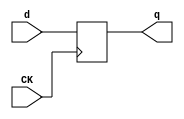
//# 14 inputs
//# 14 outputs
//# 18 D-type flipflops
//# 80 inverters
//# 428 gates (134 ANDs + 125 NANDs + 112 ORs + 57 NORs)

module dff(CK,q,d);
input CK,d;
output reg q;
always @ (posedge CK)
q<=d;
endmodule

module s1238a(GND,VDD,CK,G0,G1,G10,G11,G12,G13,G2,G3,G4,G45,G5,G530,G532,G535,
  G537,G539,
  G542,G546,G547,G548,G549,G550,G551,G552,G6,G7,G8,G9);
input GND,VDD,CK,G0,G1,G2,G3,G4,G5,G6,G7,G8,G9,G10,G11,G12,G13;
output G549,G550,G551,G552,G542,G546,G547,G548,G530,G532,G535,G537,G45,G539;

  wire G29,G502,G30,G503,G31,G504,G32,G505,G33,G506,G34,G507,G35,G508,G36,G509,
    G37,G510,G38,G511,G39,G512,G40,G513,G41,G514,G42,G515,G43,G516,G44,G517,
    G518,G46,G519,G50,G49,G55,G54,G59,G58,G64,G63,G67,G70,G72,G71,G75,G74,G78,
    G77,G87,G86,G90,G89,G98,G97,G99,G123,G122,G125,G132,G135,G134,G140,G160,
    G161,G167,G168,G170,G171,G180,G181,G192,G193,G199,G200,G203,G204,G207,G208,
    G212,G213,G214,G215,G221,G222,G223,G224,G231,G232,G234,G235,G272,G271,G275,
    G274,G282,G281,G475,G57,G476,G477,G276,G478,G279,G479,G194,G480,G179,G481,
    G129,G482,G241,G483,G182,G484,G485,G486,G68,G487,G534,G488,G172,G489,G273,
    G490,G190,G491,G492,G62,G493,G544,G494,G173,G495,G496,G188,G497,G205,G498,
    G195,G499,G280,G500,G501,G156,G520,G521,G522,G524,G525,G526,G527,G528,G529,
    G531,G533,G536,G538,G540,G541,G543,G545,G554,G553,G81,G288,G240,G283,G219,
    G289,G119,G290,G117,G157,G291,G138,G155,G303,G120,G304,G52,G158,G306,G307,
    G104,G308,G151,G311,G178,G312,G315,G250,G251,G317,G159,G245,G321,G322,G105,
    G196,G323,G144,G324,G183,G327,G328,G102,G329,G150,G330,G248,G249,G331,G257,
    G336,G337,G270,G338,G202,G339,G209,G340,G341,G118,G342,G73,G197,G343,G147,
    G344,G111,G189,G346,G82,G347,G348,G349,G108,G351,G169,G352,G164,G353,G92,
    G163,G354,G357,G265,G358,G83,G359,G360,G106,G361,G362,G363,G364,G109,G365,
    G137,G366,G367,G126,G371,G267,G372,G116,G373,G376,G377,G56,G378,G379,G211,
    G380,G93,G382,G100,G383,G131,G385,G386,G85,G387,G388,G114,G392,G393,G127,
    G396,G76,G397,G101,G398,G94,G399,G65,G400,G277,G401,G110,G402,G154,G403,
    G176,G404,G218,G405,G174,G406,G410,G411,G48,G412,G413,G201,G414,G415,G146,
    G142,G165,G416,G61,G417,G418,G60,G422,G80,G423,G128,G424,G177,G425,G426,
    G162,G427,G95,G428,G227,G429,G51,G225,G430,G431,G432,G145,G153,G433,G91,
    G434,G216,G435,G236,G436,G437,G66,G229,G438,G133,G439,G175,G440,G441,G442,
    G121,G443,G47,G444,G445,G53,G446,G79,G447,G448,G139,G449,G88,G451,G187,
    G452,G184,G453,G186,G457,G107,G458,G459,G198,G460,G115,G461,G462,G463,G148,
    G467,G468,G124,G469,G470,G149,G471,G191,G103,G112,G472,G136,G473,G143,G474,
    G242,G141,G152,G244,G261,G269,G166,G284,G285,G286,G287,G292,G293,G294,G295,
    G296,G297,G298,G299,G300,G301,G302,G305,G309,G310,G313,G314,G316,G318,G319,
    G320,G325,G326,G332,G238,G333,G334,G335,G345,G226,G350,G355,G356,G368,G369,
    G239,G370,G374,G375,G381,G384,G389,G390,G391,G220,G394,G395,G407,G408,G409,
    G419,G420,G421,G228,G450,G454,G455,G206,G456,G464,G465,G210,G466,G260,G237,
    G264,G69,G233,G256,G84,G262,G96,G266,G217,G113,G268,G130,G263,G258,G259,
    G252,G253,G185,G230,G243,G246,G523,G254,G255,G278,G247;

  dff DFF_0(CK,G29,G502);
  dff DFF_1(CK,G30,G503);
  dff DFF_2(CK,G31,G504);
  dff DFF_3(CK,G32,G505);
  dff DFF_4(CK,G33,G506);
  dff DFF_5(CK,G34,G507);
  dff DFF_6(CK,G35,G508);
  dff DFF_7(CK,G36,G509);
  dff DFF_8(CK,G37,G510);
  dff DFF_9(CK,G38,G511);
  dff DFF_10(CK,G39,G512);
  dff DFF_11(CK,G40,G513);
  dff DFF_12(CK,G41,G514);
  dff DFF_13(CK,G42,G515);
  dff DFF_14(CK,G43,G516);
  dff DFF_15(CK,G44,G517);
  dff DFF_16(CK,G45,G518);
  dff DFF_17(CK,G46,G519);
  not NOT_0(G50,G49);
  not NOT_1(G55,G54);
  not NOT_2(G59,G58);
  not NOT_3(G64,G63);
  not NOT_4(G67,G44);
  not NOT_5(G70,G43);
  not NOT_6(G72,G71);
  not NOT_7(G75,G74);
  not NOT_8(G78,G77);
  not NOT_9(G87,G86);
  not NOT_10(G90,G89);
  not NOT_11(G98,G97);
  not NOT_12(G99,G29);
  not NOT_13(G123,G122);
  not NOT_14(G125,G40);
  not NOT_15(G132,G42);
  not NOT_16(G135,G134);
  not NOT_17(G140,G33);
  not NOT_18(G160,G161);
  not NOT_19(G167,G168);
  not NOT_20(G170,G171);
  not NOT_21(G180,G181);
  not NOT_22(G192,G193);
  not NOT_23(G199,G200);
  not NOT_24(G203,G204);
  not NOT_25(G207,G208);
  not NOT_26(G212,G213);
  not NOT_27(G214,G215);
  not NOT_28(G221,G222);
  not NOT_29(G223,G224);
  not NOT_30(G231,G232);
  not NOT_31(G234,G235);
  not NOT_32(G272,G271);
  not NOT_33(G275,G274);
  not NOT_34(G282,G281);
  not NOT_35(G475,G57);
  not NOT_36(G476,G30);
  not NOT_37(G477,G276);
  not NOT_38(G478,G279);
  not NOT_39(G479,G194);
  not NOT_40(G480,G179);
  not NOT_41(G481,G129);
  not NOT_42(G482,G241);
  not NOT_43(G483,G182);
  not NOT_44(G484,G30);
  not NOT_45(G485,G276);
  not NOT_46(G486,G68);
  not NOT_47(G487,G534);
  not NOT_48(G488,G172);
  not NOT_49(G489,G273);
  not NOT_50(G490,G190);
  not NOT_51(G491,G194);
  not NOT_52(G492,G62);
  not NOT_53(G493,G544);
  not NOT_54(G494,G173);
  not NOT_55(G495,G273);
  not NOT_56(G496,G188);
  not NOT_57(G497,G205);
  not NOT_58(G498,G195);
  not NOT_59(G499,G280);
  not NOT_60(G500,G173);
  not NOT_61(G501,G156);
  not NOT_62(G520,G0);
  not NOT_63(G521,G1);
  not NOT_64(G522,G2);
  not NOT_65(G524,G3);
  not NOT_66(G525,G526);
  not NOT_67(G527,G4);
  not NOT_68(G528,G5);
  not NOT_69(G529,G6);
  not NOT_70(G531,G7);
  not NOT_71(G533,G8);
  not NOT_72(G536,G9);
  not NOT_73(G538,G10);
  not NOT_74(G540,G11);
  not NOT_75(G541,G12);
  not NOT_76(G543,G13);
  not NOT_77(G545,G544);
  not NOT_78(G546,G41);
  not NOT_79(G554,G553);
  and AND2_0(G81,G288,G240);
  and AND2_1(G283,G122,G219);
  and AND3_0(G289,G2,G119,G156);
  and AND3_1(G290,G117,G135,G157);
  and AND2_2(G291,G138,G155);
  and AND2_3(G303,G5,G120);
  and AND2_4(G304,G52,G158);
  and AND2_5(G306,G524,G78);
  and AND2_6(G307,G6,G104);
  and AND2_7(G308,G5,G151);
  and AND3_2(G311,G0,G178,G179);
  and AND2_8(G312,G180,G182);
  and AND2_9(G315,G250,G251);
  and AND2_10(G317,G159,G245);
  and AND2_11(G321,G90,G50);
  and AND3_3(G322,G522,G105,G196);
  and AND2_12(G323,G2,G144);
  and AND2_13(G324,G522,G183);
  and AND3_4(G327,G4,G39,G157);
  and AND3_5(G328,G5,G102,G155);
  and AND2_14(G329,G150,G156);
  and AND2_15(G330,G248,G249);
  and AND2_16(G331,G213,G257);
  and AND2_17(G336,G1,G188);
  and AND2_18(G337,G270,G167);
  and AND2_19(G338,G202,G203);
  and AND3_6(G339,G533,G199,G209);
  and AND2_20(G340,G8,G270);
  and AND2_21(G341,G531,G118);
  and AND2_22(G342,G73,G197);
  and AND3_7(G343,G2,G528,G147);
  and AND3_8(G344,G111,G189,G195);
  and AND2_23(G346,G2,G82);
  and AND2_24(G347,G135,G178);
  and AND3_9(G348,G1,G97,G55);
  and AND2_25(G349,G6,G108);
  and AND4_0(G351,G524,G169,G221,G234);
  and AND4_1(G352,G8,G135,G37,G164);
  and AND3_10(G353,G11,G92,G163);
  and AND2_26(G354,G0,G214);
  and AND2_27(G357,G265,G232);
  and AND2_28(G358,G7,G83);
  and AND2_29(G359,G6,G31);
  and AND2_30(G360,G8,G106);
  and AND2_31(G361,G6,G202);
  and AND2_32(G362,G129,G77);
  and AND2_33(G363,G77,G205);
  and AND2_34(G364,G2,G109);
  and AND3_11(G365,G282,G137,G156);
  and AND2_35(G366,G125,G155);
  and AND2_36(G367,G126,G157);
  and AND3_12(G371,G161,G168,G267);
  and AND3_13(G372,G116,G275,G155);
  and AND2_37(G373,G34,G160);
  and AND2_38(G376,G533,G75);
  and AND2_39(G377,G90,G56);
  and AND2_40(G378,G89,G50);
  and AND2_41(G379,G9,G211);
  and AND2_42(G380,G6,G93);
  and AND3_14(G382,G9,G100,G34);
  and AND2_43(G383,G131,G155);
  and AND3_15(G385,G529,G7,G49);
  and AND2_44(G386,G536,G85);
  and AND3_16(G387,G6,G274,G75);
  and AND2_45(G388,G11,G114);
  and AND2_46(G392,G132,G155);
  and AND2_47(G393,G127,G34);
  and AND3_17(G396,G76,G272,G155);
  and AND3_18(G397,G101,G98,G157);
  and AND3_19(G398,G94,G156,G158);
  and AND3_20(G399,G520,G1,G65);
  and AND2_48(G400,G0,G277);
  and AND3_21(G401,G2,G110,G155);
  and AND2_49(G402,G154,G183);
  and AND2_50(G403,G11,G176);
  and AND2_51(G404,G4,G218);
  and AND3_22(G405,G3,G174,G189);
  and AND2_52(G406,G87,G172);
  and AND2_53(G410,G1,G205);
  and AND2_54(G411,G48,G59);
  and AND2_55(G412,G3,G207);
  and AND3_23(G413,G8,G197,G201);
  and AND2_56(G414,G199,G36);
  and AND4_2(G415,G2,G146,G142,G165);
  and AND3_24(G416,G61,G167,G169);
  and AND3_25(G417,G13,G282,G70);
  and AND3_26(G418,G524,G60,G172);
  and AND3_27(G422,G0,G80,G155);
  and AND2_57(G423,G541,G128);
  and AND3_28(G424,G78,G174,G177);
  and AND2_58(G425,G146,G176);
  and AND3_29(G426,G37,G162,G38);
  and AND3_30(G427,G541,G95,G165);
  and AND2_59(G428,G212,G227);
  and AND2_60(G429,G51,G225);
  and AND2_61(G430,G177,G196);
  and AND2_62(G431,G524,G67);
  and AND2_63(G432,G145,G153);
  and AND2_64(G433,G91,G154);
  and AND3_31(G434,G165,G216,G231);
  and AND2_65(G435,G135,G236);
  and AND2_66(G436,G123,G77);
  and AND2_67(G437,G66,G229);
  and AND3_32(G438,G8,G146,G133);
  and AND2_68(G439,G174,G175);
  and AND2_69(G440,G38,G234);
  and AND2_70(G441,G0,G236);
  and AND2_71(G442,G541,G121);
  and AND2_72(G443,G47,G162);
  and AND3_33(G444,G64,G78,G211);
  and AND2_73(G445,G53,G225);
  and AND2_74(G446,G524,G79);
  and AND2_75(G447,G11,G175);
  and AND2_76(G448,G139,G153);
  and AND2_77(G449,G88,G154);
  and AND3_34(G451,G541,G554,G187);
  and AND2_78(G452,G526,G184);
  and AND2_79(G453,G545,G186);
  and AND3_35(G457,G4,G107,G135);
  and AND2_80(G458,G528,G209);
  and AND2_81(G459,G77,G198);
  and AND3_36(G460,G2,G81,G115);
  and AND2_82(G461,G529,G531);
  and AND2_83(G462,G192,G538);
  and AND2_84(G463,G521,G148);
  and AND2_85(G467,G522,G198);
  and AND2_86(G468,G527,G124);
  and AND2_87(G469,G163,G3);
  and AND2_88(G470,G528,G149);
  and AND3_37(G471,G191,G103,G112);
  and AND3_38(G472,G136,G9,G190);
  and AND2_89(G473,G11,G143);
  and AND2_90(G474,G242,G77);
  and AND2_91(G511,G163,G164);
  or OR2_0(G47,G440,G441);
  or OR2_1(G60,G413,G414);
  or OR2_2(G61,G405,G406);
  or OR2_3(G73,G339,G340);
  or OR2_4(G79,G444,G445);
  or OR2_5(G88,G446,G447);
  or OR2_6(G91,G430,G431);
  or OR2_7(G92,G351,G352);
  or OR3_0(G93,G376,G377,G378);
  or OR2_8(G95,G424,G425);
  or OR2_9(G105,G321,G273);
  or OR2_10(G106,G358,G359);
  or OR2_11(G108,G346,G347);
  or OR2_12(G110,G399,G400);
  or OR2_13(G114,G385,G386);
  or OR3_1(G115,G457,G458,G459);
  or OR2_14(G118,G337,G338);
  or OR2_15(G121,G438,G439);
  or OR2_16(G126,G363,G364);
  or OR4_0(G128,G415,G416,G417,G418);
  or OR2_17(G131,G379,G380);
  or OR2_18(G133,G434,G435);
  or OR2_19(G137,G348,G349);
  or OR2_20(G139,G442,G443);
  or OR2_21(G141,G353,G354);
  or OR2_22(G142,G403,G404);
  or OR2_23(G145,G426,G427);
  or OR2_24(G146,G336,G170);
  or OR2_25(G147,G341,G342);
  or OR2_26(G149,G467,G468);
  or OR2_27(G150,G303,G304);
  or OR3_2(G152,G306,G307,G308);
  or OR2_28(G193,G6,G30);
  or OR2_29(G224,G533,G31);
  or OR2_30(G242,G469,G470);
  or OR2_31(G244,G371,G159);
  or OR2_32(G261,G283,G528);
  or OR2_33(G269,G362,G529);
  or OR2_34(G279,G317,G166);
  or OR3_3(G284,G528,G272,G281);
  or OR2_35(G285,G5,G479);
  or OR2_36(G286,G9,G540);
  or OR2_37(G287,G522,G81);
  or OR2_38(G288,G1,G528);
  or OR2_39(G292,G538,G75);
  or OR2_40(G293,G7,G540);
  or OR3_4(G294,G1,G117,G281);
  or OR2_41(G295,G122,G491);
  or OR2_42(G296,G89,G484);
  or OR2_43(G297,G64,G274);
  or OR2_44(G298,G5,G497);
  or OR2_45(G299,G123,G77);
  or OR2_46(G300,G87,G97);
  or OR2_47(G301,G122,G486);
  or OR2_48(G302,G4,G529);
  or OR2_49(G305,G524,G55);
  or OR2_50(G309,G272,G5);
  or OR2_51(G310,G522,G135);
  or OR2_52(G313,G521,G475);
  or OR2_53(G314,G527,G57);
  or OR2_54(G316,G531,G536);
  or OR3_5(G318,G6,G8,G232);
  or OR2_55(G319,G529,G489);
  or OR2_56(G320,G76,G272);
  or OR3_6(G325,G7,G536,G222);
  or OR2_57(G326,G533,G232);
  or OR2_58(G332,G529,G238);
  or OR2_59(G333,G528,G6);
  or OR2_60(G334,G3,G4);
  or OR2_61(G335,G1,G78);
  or OR2_62(G345,G529,G226);
  or OR2_63(G350,G6,G536);
  or OR2_64(G355,G11,G116);
  or OR2_65(G356,G6,G476);
  or OR2_66(G368,G533,G536);
  or OR2_67(G369,G540,G239);
  or OR2_68(G370,G538,G11);
  or OR2_69(G374,G536,G538);
  or OR2_70(G375,G10,G540);
  or OR2_71(G381,G7,G71);
  or OR2_72(G384,G529,G71);
  or OR2_73(G389,G9,G274);
  or OR2_74(G390,G89,G50);
  or OR2_75(G391,G74,G220);
  or OR2_76(G394,G5,G58);
  or OR2_77(G395,G4,G134);
  or OR2_78(G407,G6,G117);
  or OR2_79(G408,G529,G77);
  or OR2_80(G409,G528,G55);
  or OR2_81(G419,G3,G5);
  or OR2_82(G420,G522,G59);
  or OR3_7(G421,G521,G2,G228);
  or OR2_83(G450,G12,G171);
  or OR3_8(G454,G481,G122,G77);
  or OR2_84(G455,G78,G206);
  or OR2_85(G456,G520,G78);
  or OR2_86(G464,G72,G536);
  or OR2_87(G465,G524,G210);
  or OR2_88(G466,G538,G71);
  or OR2_89(G530,G401,G402);
  or OR2_90(G532,G422,G423);
  or OR2_91(G535,G432,G433);
  or OR2_92(G537,G448,G449);
  or OR3_9(G539,G451,G452,G453);
  or OR2_93(G544,G343,G344);
  or OR2_94(G547,G382,G383);
  or OR2_95(G548,G392,G393);
  or OR4_1(G549,G396,G397,G398,G477);
  or OR4_2(G550,G289,G290,G291,G485);
  or OR3_10(G551,G327,G328,G329);
  or OR3_11(G552,G365,G366,G367);
  or OR3_12(G553,G322,G323,G324);
  nand NAND3_0(G48,G407,G408,G409);
  nand NAND2_0(G49,G9,G538);
  nand NAND2_1(G51,G260,G237);
  nand NAND3_1(G52,G298,G299,G219);
  nand NAND2_2(G53,G264,G237);
  nand NAND2_3(G54,G4,G6);
  nand NAND2_4(G56,G374,G375);
  nand NAND2_5(G57,G0,G2);
  nand NAND2_6(G58,G1,G3);
  nand NAND2_7(G62,G534,G32);
  nand NAND2_8(G63,G75,G8);
  nand NAND2_9(G65,G527,G228);
  nand NAND2_10(G66,G129,G101);
  nand NAND2_11(G68,G302,G528);
  nand NAND3_2(G69,G419,G420,G233);
  nand NAND2_12(G71,G8,G10);
  nand NAND2_13(G74,G9,G11);
  nand NAND2_14(G76,G0,G3);
  nand NAND2_15(G77,G4,G528);
  nand NAND3_3(G80,G421,G226,G256);
  nand NAND2_16(G82,G334,G335);
  nand NAND2_17(G83,G355,G356);
  nand NAND2_18(G84,G369,G370);
  nand NAND2_19(G85,G384,G239);
  nand NAND2_20(G86,G55,G3);
  nand NAND2_21(G89,G531,G8);
  nand NAND3_4(G94,G261,G181,G262);
  nand NAND2_22(G96,G313,G314);
  nand NAND2_23(G97,G2,G5);
  nand NAND2_24(G100,G381,G220);
  nand NAND2_25(G101,G3,G4);
  nand NAND3_5(G102,G320,G266,G210);
  nand NAND3_6(G103,G529,G7,G30);
  nand NAND3_7(G104,G122,G238,G240);
  nand NAND2_26(G107,G456,G1);
  nand NAND2_27(G109,G269,G219);
  nand NAND2_28(G111,G213,G217);
  nand NAND2_29(G112,G8,G31);
  nand NAND2_30(G113,G389,G390);
  nand NAND2_31(G116,G6,G9);
  nand NAND2_32(G117,G2,G4);
  nand NAND2_33(G119,G284,G285);
  nand NAND2_34(G120,G294,G295);
  nand NAND2_35(G122,G522,G3);
  nand NAND2_36(G124,G0,G206);
  nand NAND2_37(G127,G391,G268);
  nand NAND2_38(G129,G527,G5);
  nand NAND2_39(G130,G466,G9);
  nand NAND2_40(G134,G3,G5);
  nand NAND2_41(G136,G222,G224);
  nand NAND2_42(G138,G465,G263);
  nand NAND3_8(G143,G258,G193,G259);
  nand NAND3_9(G144,G215,G252,G253);
  nand NAND3_10(G148,G454,G455,G0);
  nand NAND2_43(G151,G305,G200);
  nand NAND2_44(G159,G6,G155);
  nand NAND2_45(G161,G316,G72);
  nand NAND2_46(G166,G7,G50);
  nand NAND2_47(G168,G75,G221);
  nand NAND2_48(G171,G553,G187);
  nand NAND2_49(G181,G2,G78);
  nand NAND2_50(G185,G525,G184);
  nand NAND2_51(G200,G527,G529);
  nand NAND2_52(G204,G521,G87);
  nand NAND2_53(G206,G287,G524);
  nand NAND2_54(G208,G68,G229);
  nand NAND2_55(G210,G520,G272);
  nand NAND2_56(G213,G64,G275);
  nand NAND3_11(G215,G135,G55,G212);
  nand NAND2_57(G217,G50,G230);
  nand NAND2_58(G219,G524,G55);
  nand NAND2_59(G220,G7,G71);
  nand NAND2_60(G222,G533,G10);
  nand NAND2_61(G226,G527,G59);
  nand NAND2_62(G228,G524,G5);
  nand NAND2_63(G232,G536,G164);
  nand NAND2_64(G233,G522,G135);
  nand NAND2_65(G235,G6,G536);
  nand NAND3_12(G237,G10,G75,G201);
  nand NAND2_66(G238,G2,G524);
  nand NAND2_67(G239,G7,G533);
  nand NAND2_68(G240,G4,G134);
  nand NAND3_13(G243,G368,G275,G34);
  nand NAND2_69(G245,G8,G34);
  nand NAND2_70(G246,G544,G186);
  nand NAND2_71(G248,G529,G36);
  nand NAND3_14(G249,G11,G273,G201);
  nand NAND2_72(G250,G13,G523);
  nand NAND2_73(G251,G543,G32);
  nand NAND4_0(G252,G3,G11,G35,G216);
  nand NAND2_74(G253,G87,G218);
  nand NAND2_75(G254,G1,G152);
  nand NAND3_15(G255,G309,G2,G529);
  nand NAND2_76(G256,G4,G69);
  nand NAND2_77(G257,G538,G230);
  nand NAND3_16(G258,G464,G103,G223);
  nand NAND2_78(G259,G130,G225);
  nand NAND3_17(G260,G528,G529,G191);
  nand NAND2_79(G262,G527,G278);
  nand NAND2_80(G263,G0,G99);
  nand NAND2_81(G264,G227,G241);
  nand NAND2_82(G265,G531,G50);
  nand NAND2_83(G266,G524,G96);
  nand NAND2_84(G267,G536,G84);
  nand NAND2_85(G268,G11,G113);
  nand NAND2_86(G270,G345,G204);
  nand NAND2_87(G271,G1,G4);
  nand NAND2_88(G273,G325,G326);
  nand NAND2_89(G274,G7,G10);
  nand NAND3_18(G276,G3,G543,G140);
  nand NAND3_19(G277,G394,G395,G81);
  nand NAND3_20(G278,G332,G333,G134);
  nand NAND2_90(G280,G46,G247);
  nand NAND2_91(G281,G523,G534);
  nand NAND2_92(G503,G286,G538);
  nand NAND2_93(G504,G292,G293);
  nand NAND3_21(G505,G300,G301,G181);
  nand NAND2_94(G508,G318,G319);
  nand NAND2_95(G510,G350,G235);
  nand NAND2_96(G512,G310,G233);
  nand NAND3_22(G518,G450,G185,G246);
  nand NAND3_23(G523,G254,G255,G208);
  nand NAND3_24(G526,G1,G2,G141);
  nand NAND3_25(G534,G296,G297,G166);
  nand NAND3_26(G542,G243,G244,G279);
  nor NOR2_0(G153,G522,G540);
  nor NOR2_1(G154,G12,G488);
  nor NOR2_2(G155,G13,G480);
  nor NOR2_3(G156,G12,G543);
  nor NOR2_4(G157,G13,G483);
  nor NOR2_5(G158,G521,G281);
  nor NOR3_0(G162,G533,G185,G498);
  nor NOR2_6(G163,G0,G4);
  nor NOR2_7(G164,G531,G10);
  nor NOR2_8(G165,G524,G529);
  nor NOR2_9(G169,G5,G7);
  nor NOR2_10(G172,G2,G171);
  nor NOR2_11(G173,G5,G495);
  nor NOR2_12(G174,G1,G496);
  nor NOR2_13(G175,G86,G500);
  nor NOR2_14(G176,G4,G494);
  nor NOR2_15(G177,G357,G533);
  nor NOR2_16(G178,G521,G4);
  nor NOR2_17(G179,G541,G280);
  nor NOR2_18(G182,G12,G62);
  nor NOR2_19(G183,G330,G3);
  nor NOR3_1(G184,G541,G13,G499);
  nor NOR2_20(G186,G282,G501);
  nor NOR2_21(G187,G13,G492);
  nor NOR3_2(G188,G543,G493,G282);
  nor NOR2_22(G189,G522,G54);
  nor NOR2_23(G190,G7,G11);
  nor NOR2_24(G191,G9,G482);
  nor NOR2_25(G194,G281,G271);
  nor NOR2_26(G195,G521,G134);
  nor NOR3_3(G196,G5,G540,G86);
  nor NOR2_27(G197,G540,G232);
  nor NOR2_28(G198,G520,G3);
  nor NOR2_29(G201,G528,G54);
  nor NOR2_30(G202,G10,G63);
  nor NOR2_31(G205,G529,G122);
  nor NOR2_32(G209,G1,G524);
  nor NOR2_33(G211,G6,G274);
  nor NOR2_34(G216,G4,G5);
  nor NOR2_35(G218,G528,G217);
  nor NOR2_36(G225,G7,G8);
  nor NOR2_37(G227,G5,G200);
  nor NOR2_38(G229,G1,G522);
  nor NOR2_39(G230,G8,G490);
  nor NOR3_4(G236,G536,G274,G54);
  nor NOR2_40(G241,G10,G11);
  nor NOR4_0(G247,G471,G472,G473,G474);
  nor NOR2_41(G502,G436,G437);
  nor NOR2_42(G506,G311,G312);
  nor NOR3_5(G507,G315,G12,G487);
  nor NOR2_43(G509,G331,G5);
  nor NOR2_44(G513,G360,G361);
  nor NOR3_6(G514,G372,G373,G478);
  nor NOR2_45(G515,G387,G388);
  nor NOR3_7(G516,G410,G411,G412);
  nor NOR2_46(G517,G428,G429);
  nor NOR4_1(G519,G460,G461,G462,G463);

endmodule